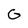
Character: G